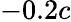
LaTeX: -0.2c